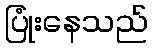
ပြုံးနေသည်